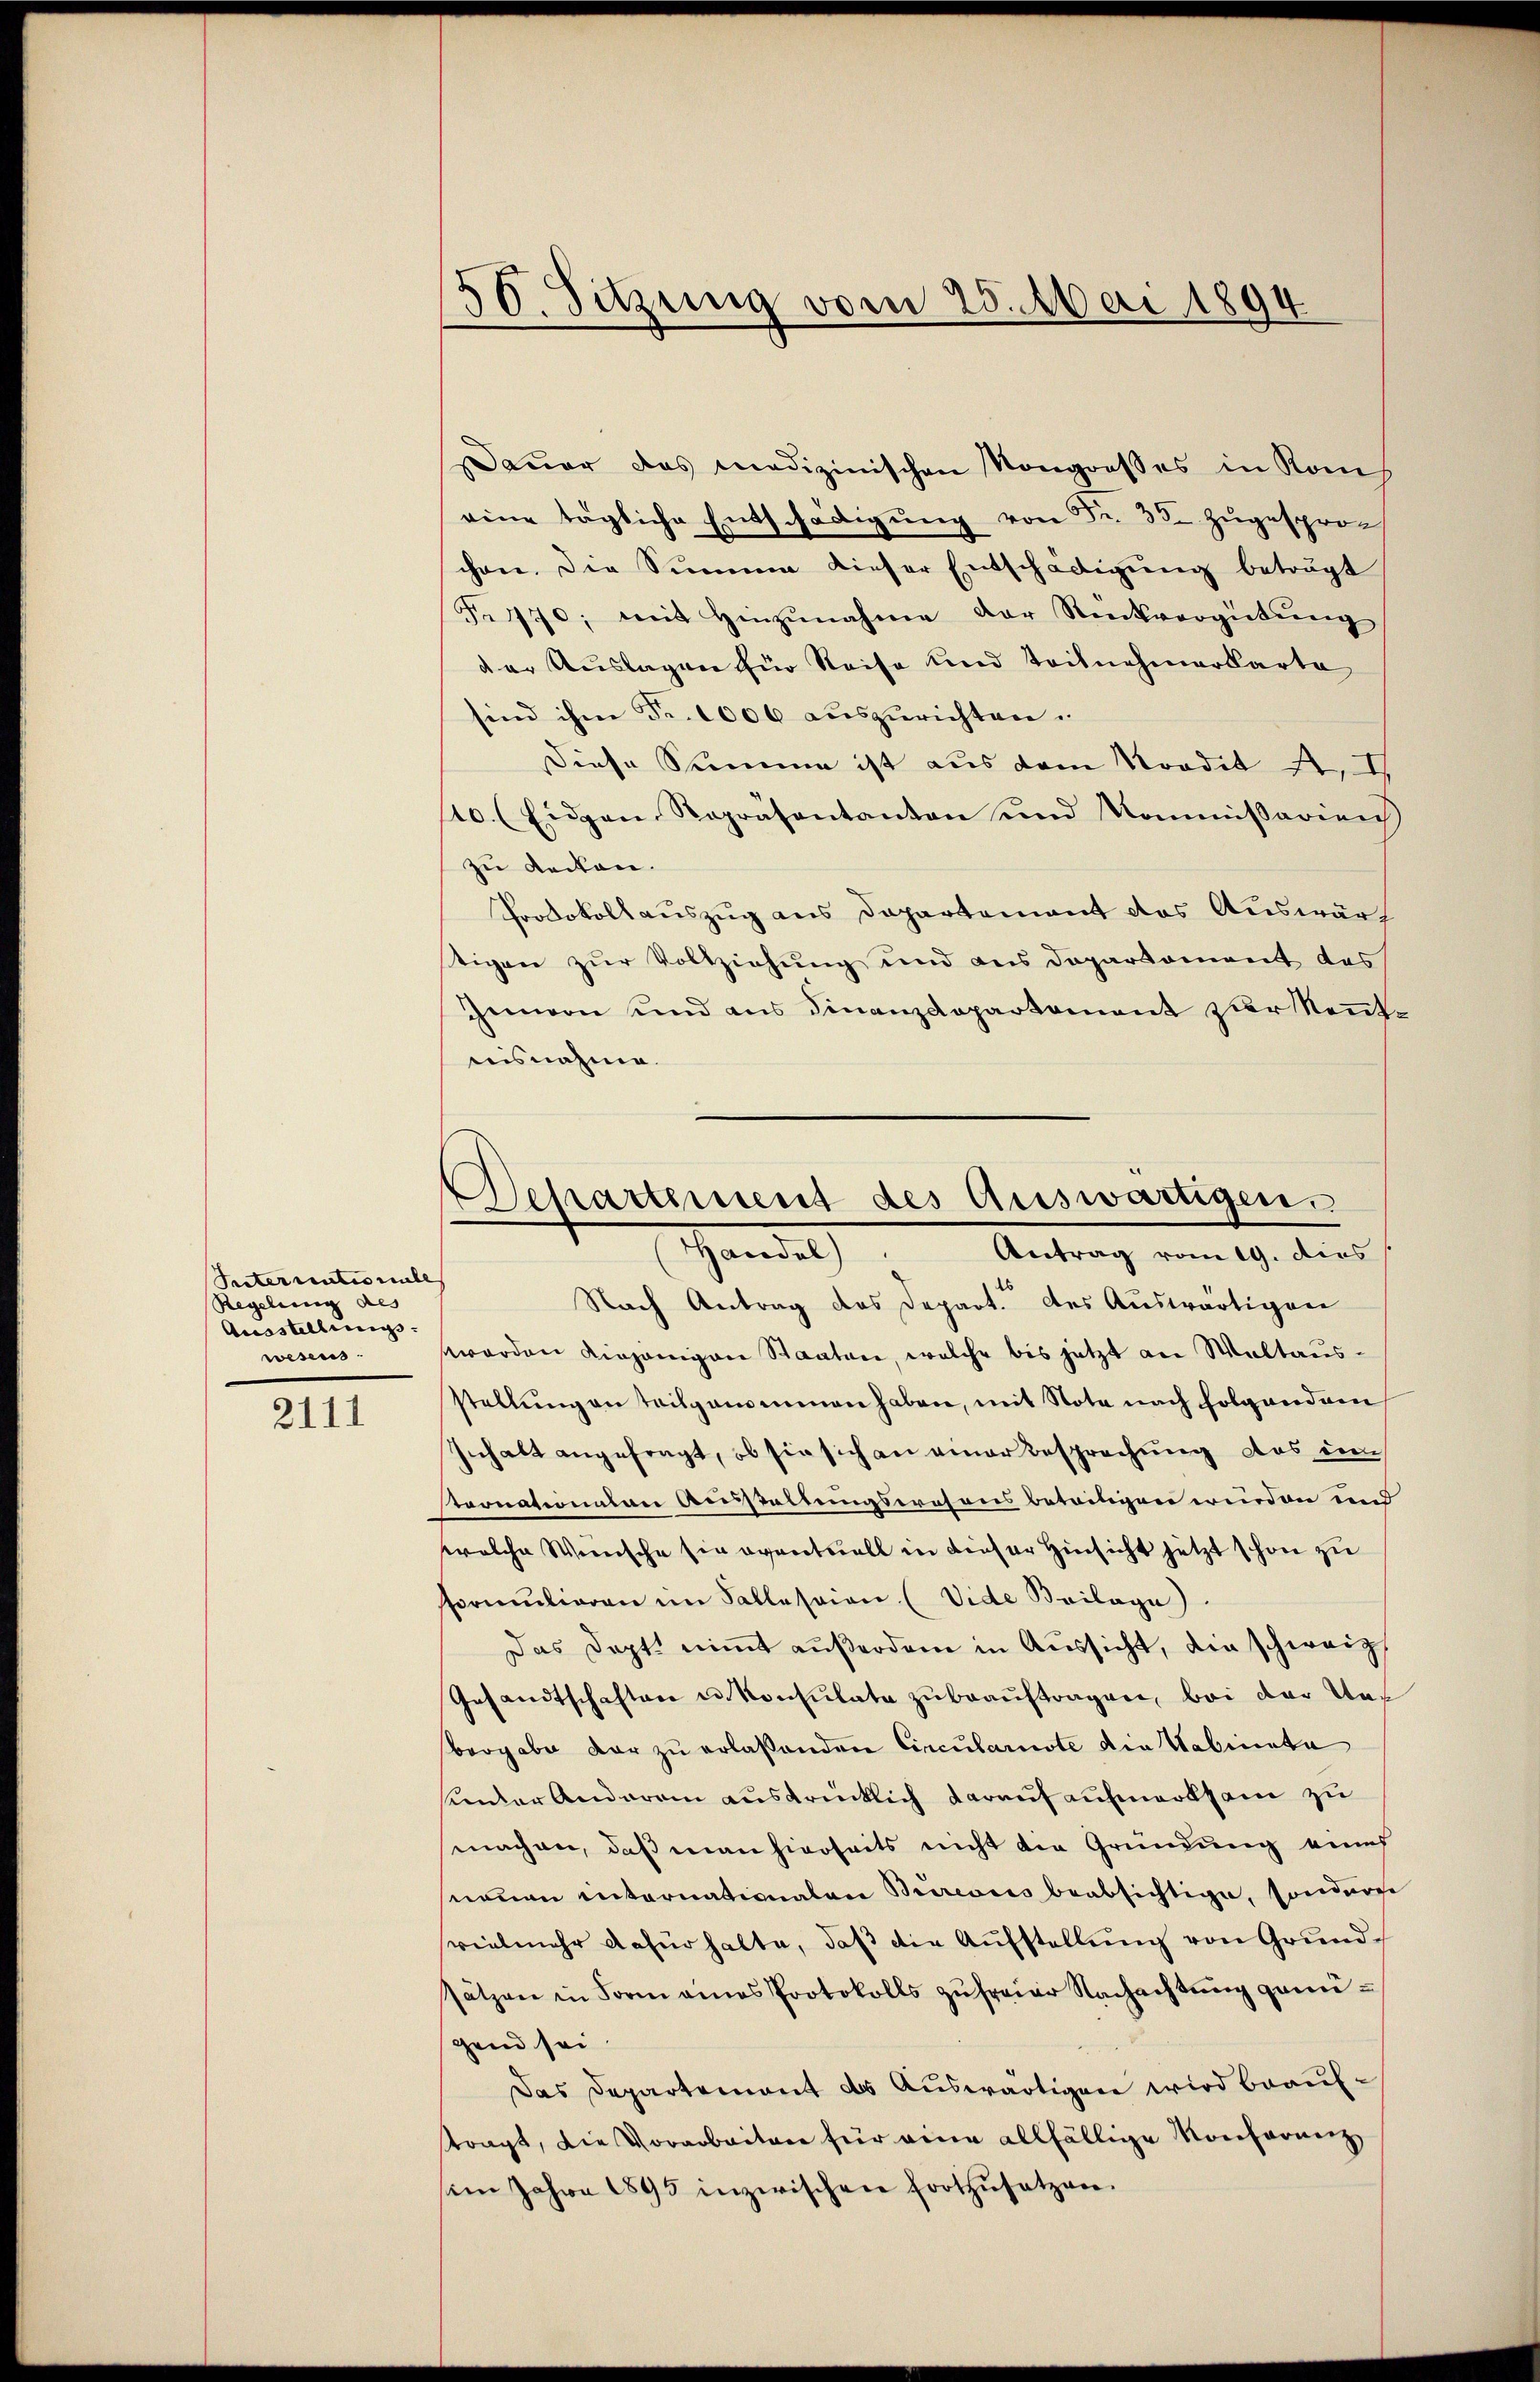
Intermatis mile
Regelung des
Ausstellungs-
wesens.

2111

56. Sitzung vom 25. Mai 1894

Daŭer das medizinischen Kongresses in Kons
eine tägliche Entschädigung von Fr. 35. zugesprochen. Die Summe dieser Entschädigŭng betragt
Fr. 170, mit hinzŭnahme der Rückvergütŭng
der Auslagen für Reise und Teilnehmarkarte
sind ihm Fr. 1006 auszurichten.
Diese Summe ist aus dem Kredit 4, I
stc. (Eidgen Repräsentanten und Kommissarien
zu decken.
Protokollauszug aus Departement des Auswärt
stigen zur Vollziehung und aus Departament des
gemon und aus Finanzdepartement zur Kenntnisnahme.

Separtement des Auswärtigen.
E handel
Antrag vom 19. dies

Nach Antrag des Depart. des Auswärtigen
werden diejenigen Staaten, welche bis jetzt an Waltausstellŭng an teilgenommen haben, mit Note nach folgendam
Inhalt angefragt, ob sie sich an einer Besprechung das um
stronationen Ausstellungswesens betreitigen wurden und
welche Wenische sie eventuell in dieser Hinsicht jetzt schon zu
formulieren im Fallession (Vide Beilage).
Das Dopt nimmt außerdem in Aussicht, die schweiz
Gesandtschaften u. Konsulate zu beauftragen, bei der Uns
bergabe dar zu erlaßenden Circularuste die Kabinata
sender Anderem ausdrücklich darauf aufmerksam zu
machen, daß man hierseits nicht die Gründung auch
sneuen internationaten Bureaus beabsichtige, sonderne
vielmehr dafürhalte, daß die Aufstellung von Grundsätzen in Form annes Protokolls zŭ freier Nachachtŭng genügend sei
Das Departement des Auswärtigen wird beauftragt, die Vorarbeiten für eine allfällige Konformen,
sem Jahre 1895 inzwischen fortzŭsetzen.